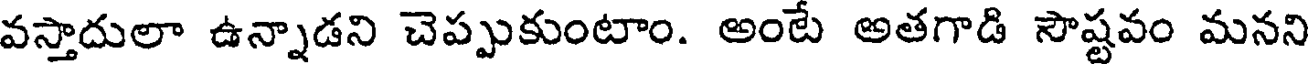
వస్తాదులా ఉన్నాడని చెప్పుకుంటాం. అంటే అతగాడి సౌష్టవం మనని